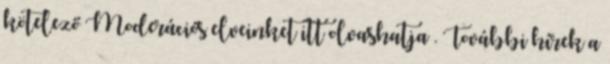
kötelező Moderációs elveinket itt olvashatja . További hírek a